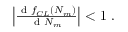
\begin{array} { r } { \left| { \frac { \textnormal { d } f _ { C L } ( N _ { m } ) } { \textnormal { d } N _ { m } } } \right| < 1 \ . } \end{array}